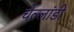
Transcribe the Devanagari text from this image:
चेल्लांडी